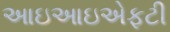
આઇઆઇએફટી